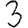
Digit: 3